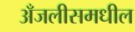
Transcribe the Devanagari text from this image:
अँजलीसमधील